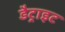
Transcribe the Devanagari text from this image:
डैट्राइट